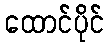
ထောင်ပိုင်